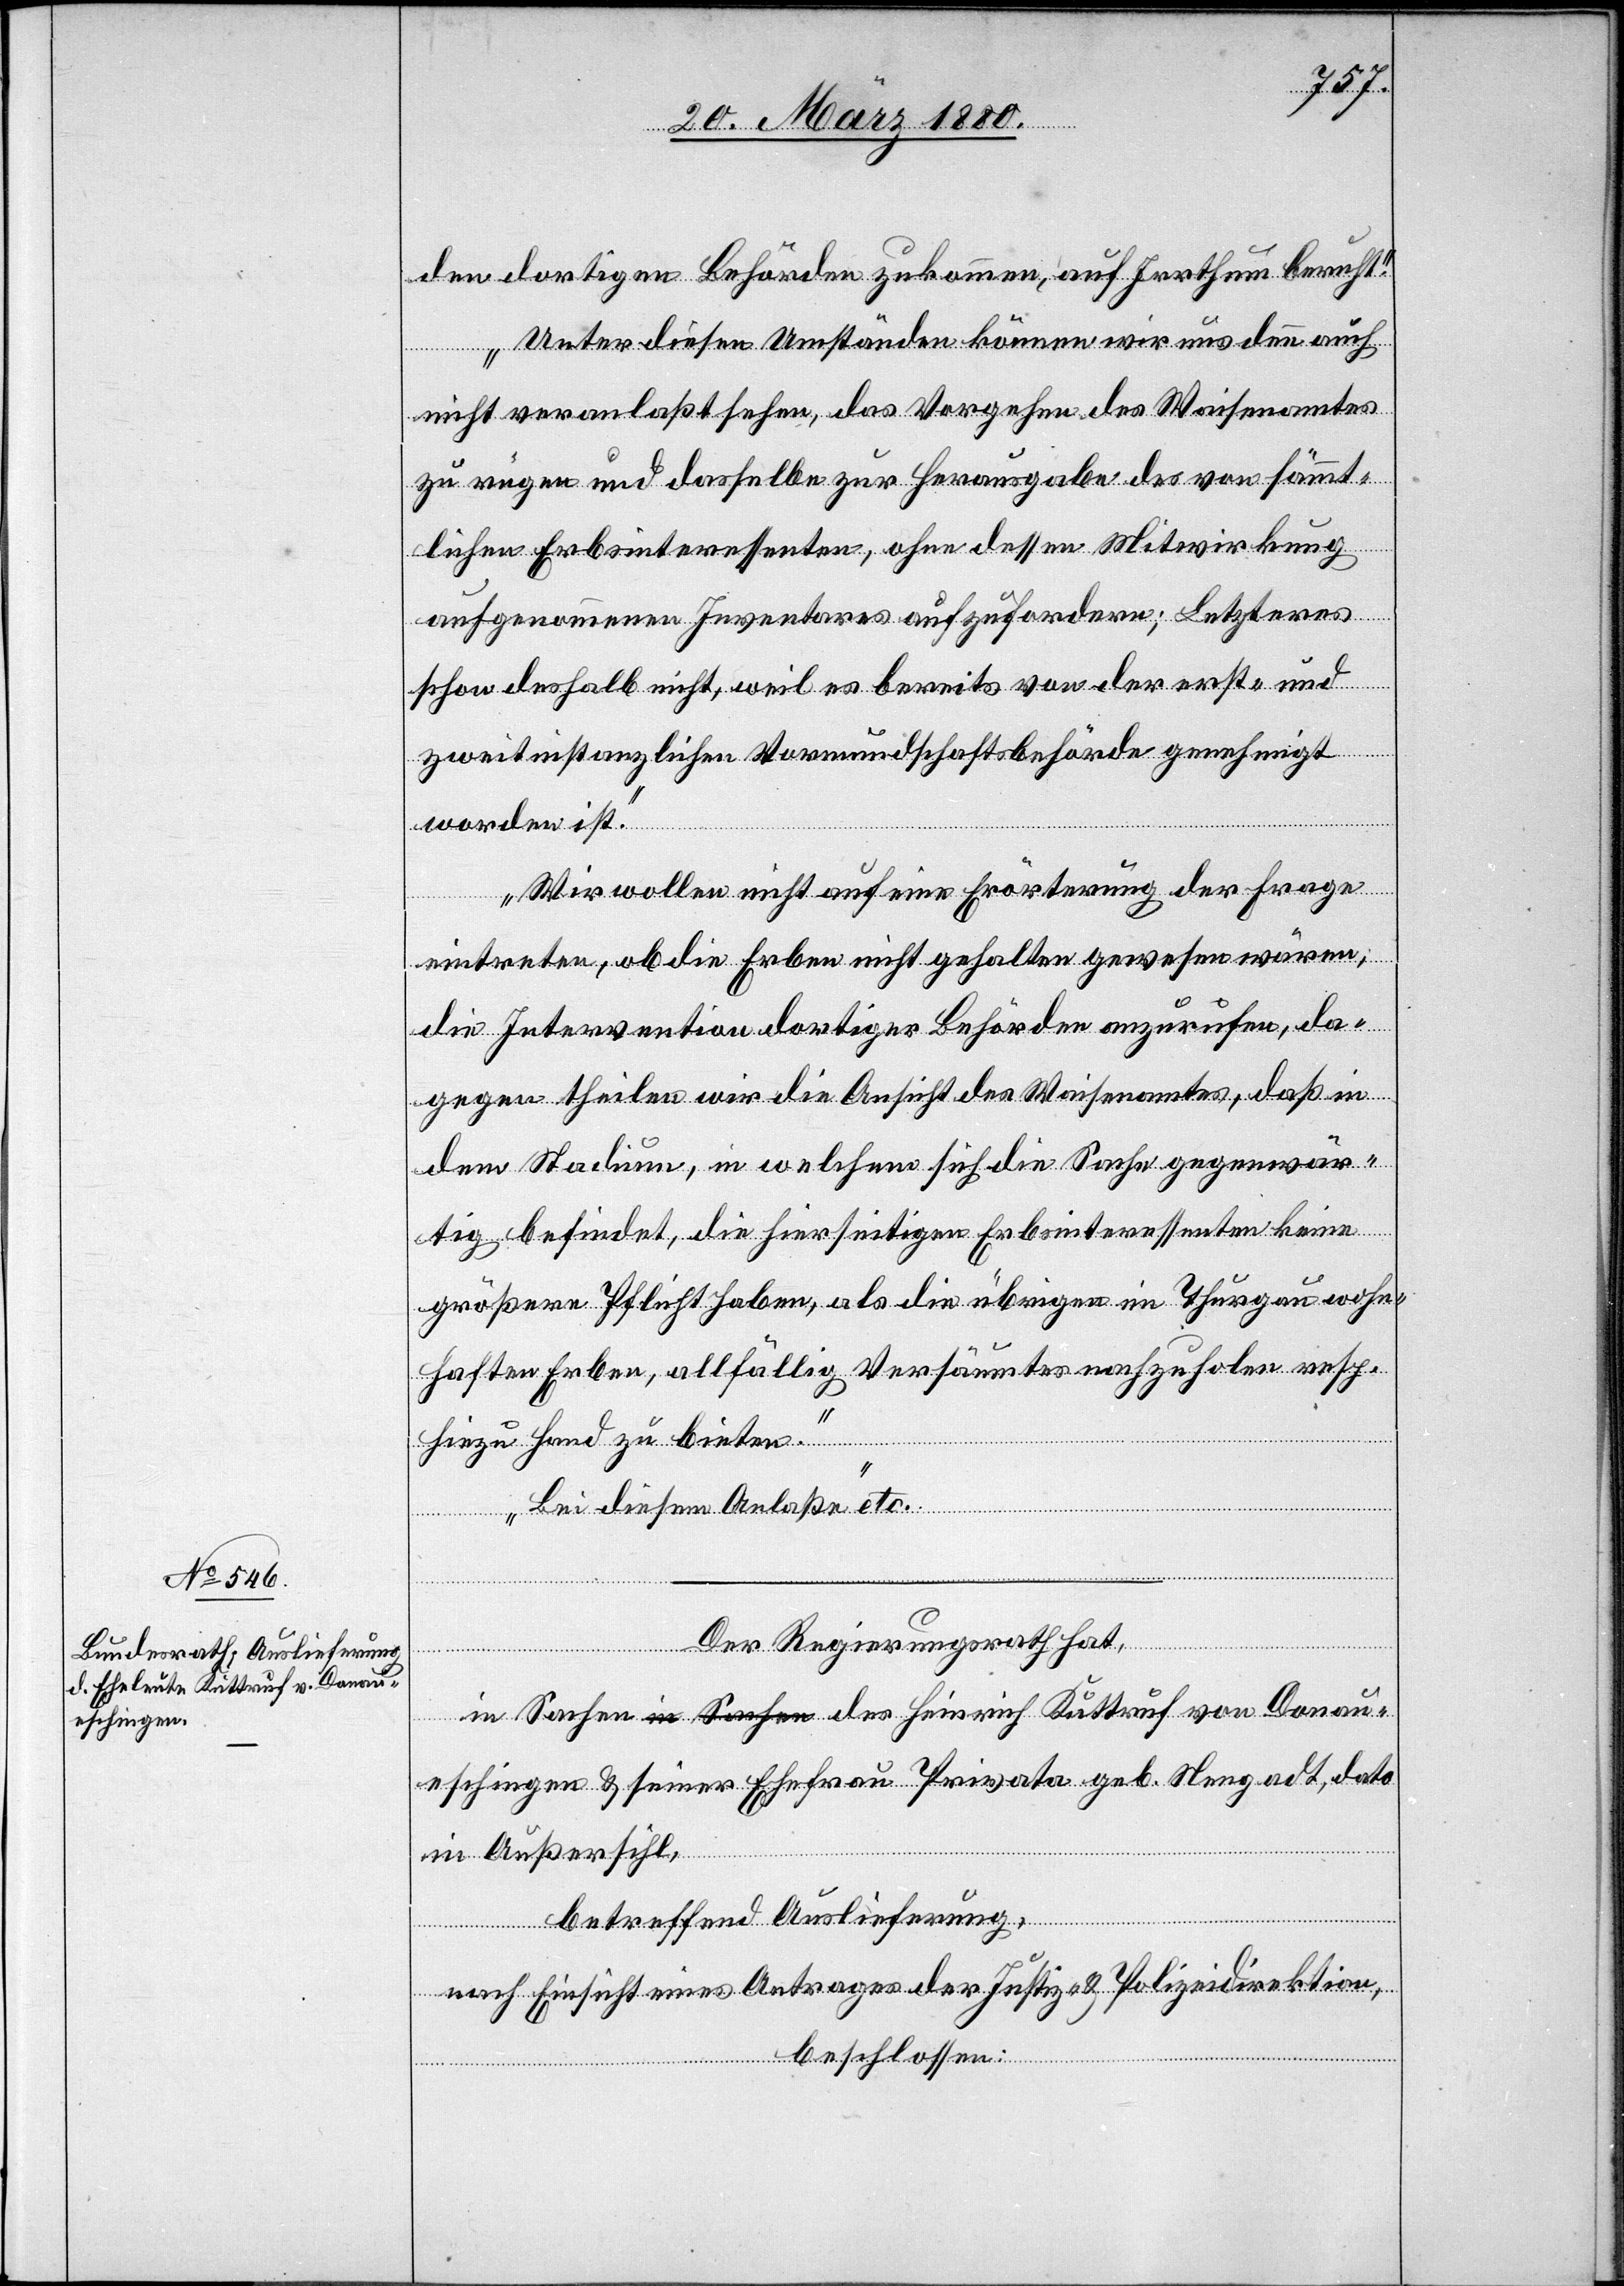
den dortigen Behörden zukommen, auf Irrthum beruht.
Unter diesen Umständen können wir uns denn auch
nicht veranlaßt sehen, das Vorgehen des Waisenamtes
zu rügen und dasselbe zur Herausgabe des von sämmt¬
lichen Erbsinteressenten, ohne dessen Mitwirkung
aufgenommenen Inventares aufzufordern; Letzteres
schon deshalb nicht, weil es bereits von der erst- und
zweitinstanzlichen Vormundschaftsbehörde genehmigt
worden ist.
Wir wollen nicht auf eine Erörterung der Frage
eintreten, ob die Erben nicht gehalten gewesen wären,
die Intervention dortiger Behörden anzurufen, da¬
gegen theilen wir die Ansicht des Waisenamtes, daß in
dem Stadium, in welchem sich die Sache gegenwär¬
tig befindet, die hierseitigen Erbsinteressenten keine
größere Pflicht haben, als die übrigen im Thurgau wohn¬
haften Erben, allfällig Versäumtes nachzuholen resp.
hiezu Hand zu bieten.
Bei diesem Anlaße“ etc.
Der Regierungsrath hat,
in Sachen a-in Sachen-a des Heinrich Kuttruf von Donau¬
eschingen & seiner Ehefrau Privata geb. Nengadt, dato
in Außersihl,
betreffend Auslieferung,
nach Einsicht eines Antrages der Justiz- & Polizeidirektion,
beschlossen: